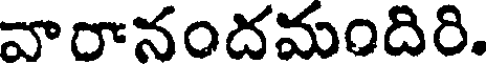
వారానందమందిరి.